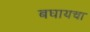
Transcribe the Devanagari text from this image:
बघायचा